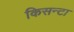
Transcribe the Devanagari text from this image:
किसन्टा